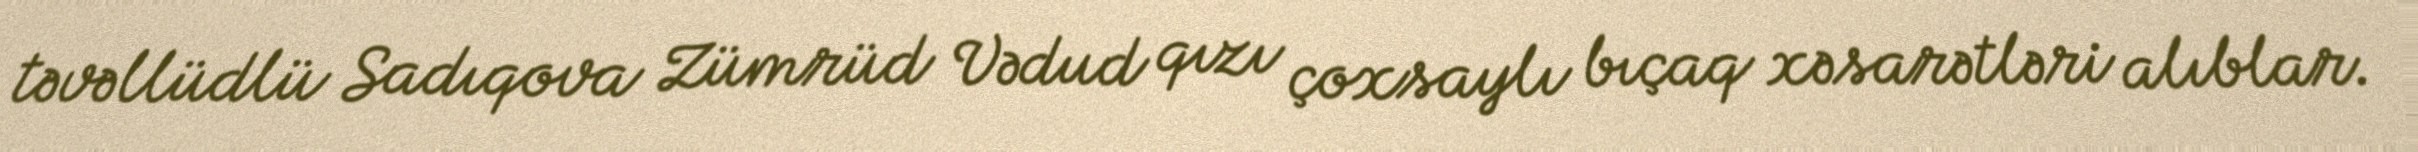
təvəllüdlü Sadıqova Zümrüd Vədud qızı çoxsaylı bıçaq xəsarətləri alıblar.